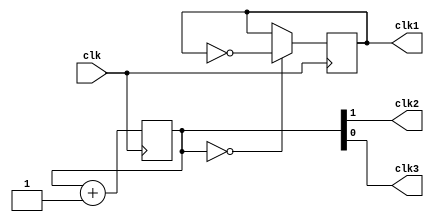
module multi_phase_clock_divider (
    input wire clk,
    output wire clk1,
    output wire clk2,
    output wire clk3
);

reg [1:0] counter;
reg clk_div;

always @(posedge clk) begin
    counter <= counter + 1;
    if(counter == 2'd0) begin
        clk_div <= ~clk_div;
    end
end

assign clk1 = clk_div;
assign clk2 = counter[1];
assign clk3 = counter[0];

endmodule